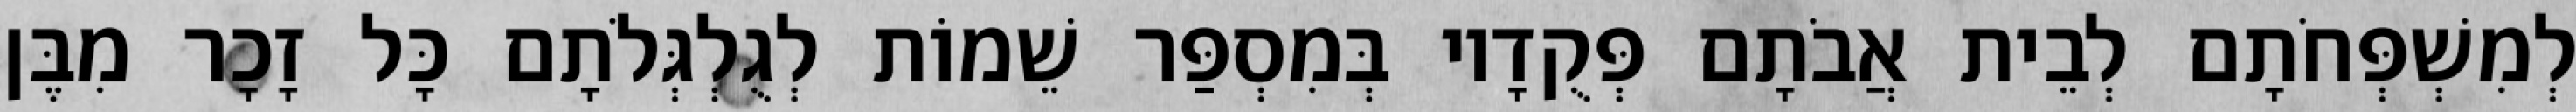
לְמִשְׁפְּחֹתָם לְבֵית אֲבֹתָם פְּקֻדָיו בְּמִסְפַּר שֵׁמוֹת לְגֻלְגְּלֹתָם כָּל זָכָר מִבֶּן